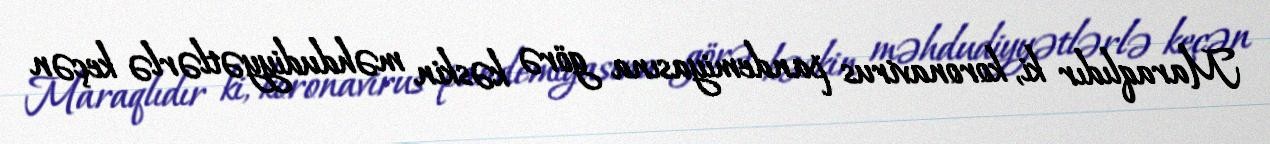
Maraqlıdır ki, koronavirus pandemiyasına görə kəskin məhdudiyyətlərlə keçən